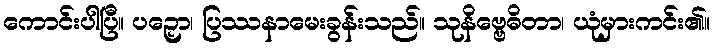
ကောင်းပါပြီ။ ပဉှော၊ ပြဿနာမေးခွန်းသည်။ သုနိဗ္ဗေဓိတာ၊ ယုံမှားကင်း၏။